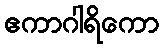
ဧကာဂါရိကော